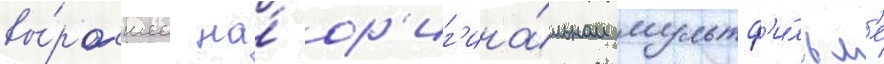
вы́росшее на́ ор'иг'ина́льном мультф'и́льм'е